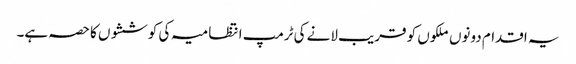
یہ اقدام دونوں ملکوں کو قریب لانے کی ٹرمپ انتظامیہ کی کوششوں کا حصہ ہے۔